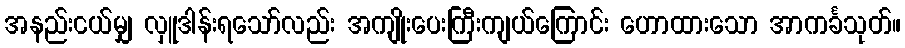
အနည်းငယ်မျှ လှူဒါန်းရသော်လည်း အကျိုးပေးကြီးကျယ်ကြောင်း ဟောထားသော အာကင်္ခသုတ်။